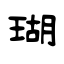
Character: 瑚